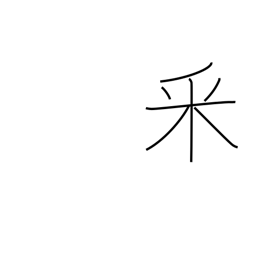
Meaning: topped rice radical (no. 165)